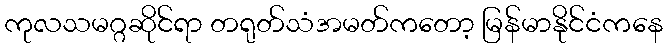
ကုလသမဂ္ဂဆိုင်ရာ တရုတ်သံအမတ်ကတော့ မြန်မာနိုင်ငံကနေ